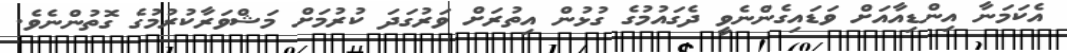
އެކަމަނާ އިންޑިއާއަށް ވަޑައިގެންނެވީ ދެގައުމުގެ ގުޅުން އިތުރަށް ވަރުގަދަ ކުރުމަށް މަޝްވަރާކުރުމުގެ ގޮތުންނެވެ.